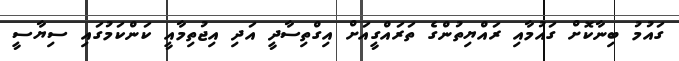
ގައުމު ބިނާކޮށް ގައުމާއި ރައްޔިތުންގެ ތަރައްގީއަށް އިގްތިސާދީ އަދި އިޖުތިމާއީ ކަންކަމުގައި ސިޔާސީ